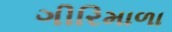
ગીરિમાળા